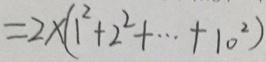
= 2 \times ( 1 ^ { 2 } + 2 ^ { 2 } + \cdots + 1 0 ^ { 2 } )